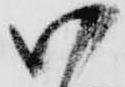
御